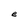
Character: e